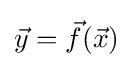
{\vec {y}}={\vec {f}}({\vec {x}})